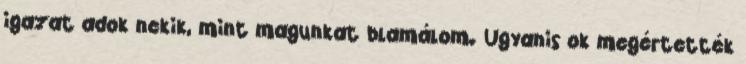
igazat adok nekik, mint magunkat blamálom. Ugyanis ok megértették